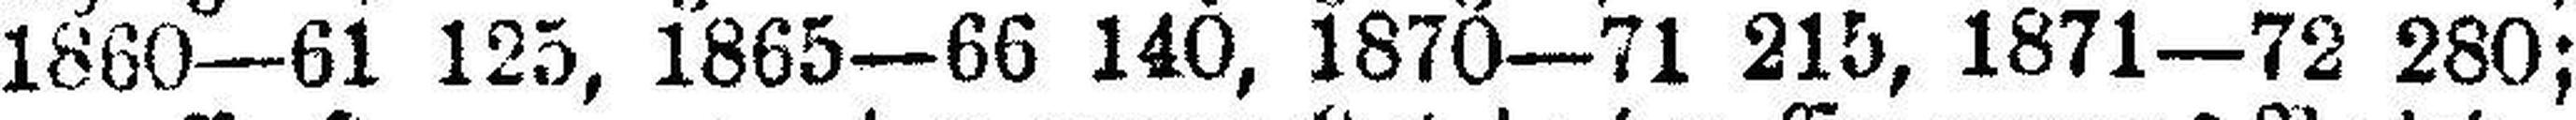
1860—61 125, 1865—66 140, 1870—71 215, 1871—72 280;